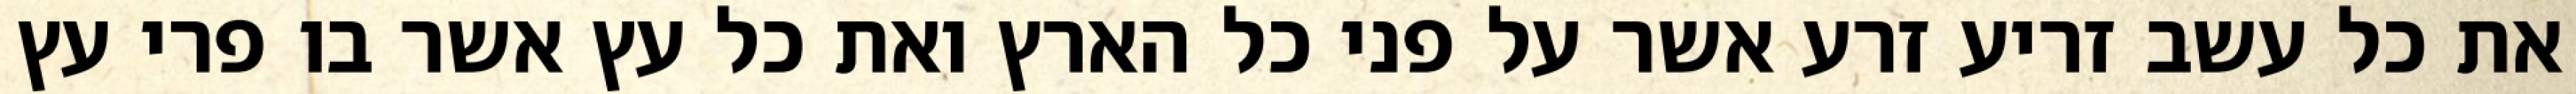
את כל עשב זריע זרע אשר על פני כל הארץ ואת כל עץ אשר בו פרי עץ